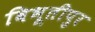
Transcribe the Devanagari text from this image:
बिभूतीपुर